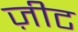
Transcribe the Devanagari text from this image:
ज़ीट